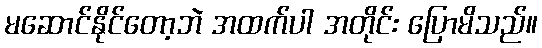
မဆောင်နိုင်တော့ဘဲ အထက်ပါ အတိုင်း ပြောမိသည်။